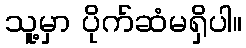
သူ့မှာ ပိုက်ဆံမရှိပါ။